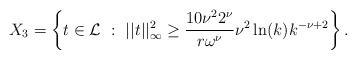
LaTeX: \begin{align*}X_3 = \left\{t\in \mathcal{L}\ :\ ||t||_{\infty}^2 \geq \frac{10 \nu^2 2^{\nu}}{r\omega^{\nu} } \nu^2 \ln(k)k^{-\nu+2} \right\}.\end{align*}